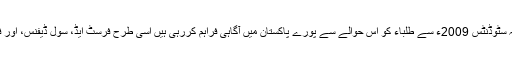
حکومت پنجاب نے کچھ کالجوں میں کونسلنگ سنٹر بنانے کا علان کیا ہے جو بہت خوش آئند ہے ،المحمدیہ سٹوڈنٹس 2009ء سے طلباء کو اس حوالے سے پورے پاکستان میں آگاہی فراہم کررہی ہیں اسی طرح فرسٹ ایڈ، سول ڈیفنس، اور فائر فائٹنگ کاؤنٹر ٹیررازم، فرصت کے لمحات ،ڈیزاسٹر مینجمنٹ کے حوالے سے ورکشاپ کرواتی ہے ۔